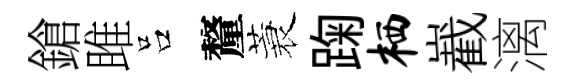
鎗雎吕釐蓑踘栖嶻漓